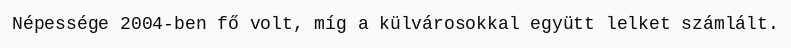
Népessége 2004-ben fő volt, míg a külvárosokkal együtt lelket számlált.